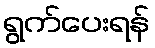
ရွက်ပေးရန်